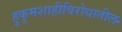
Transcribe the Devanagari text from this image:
हुकुमशाहीविरोधातील